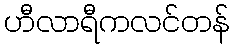
ဟီလာရီကလင်တန်